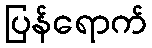
ပြန်ရောက်